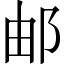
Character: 邮